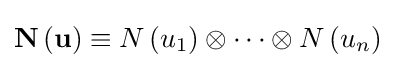
\mathbf {N} \left(\mathbf {u} \right)\equiv N\left(u_{1}\right)\otimes \cdots \otimes N\left(u_{n}\right)